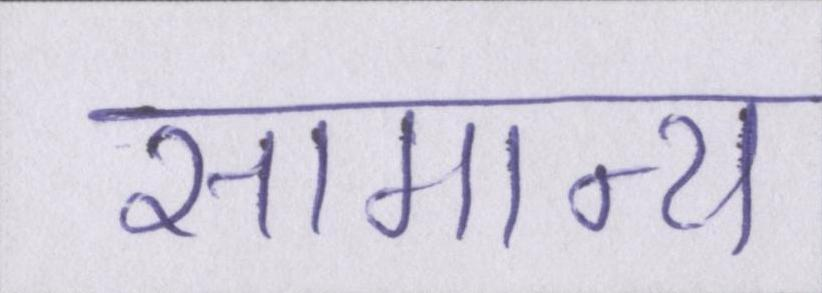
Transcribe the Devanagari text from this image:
सामान्य